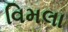
વિમલા